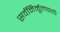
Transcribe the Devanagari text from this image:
सर्वनिर्मूलवादी